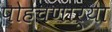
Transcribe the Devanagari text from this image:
पोहचणाऱ्या